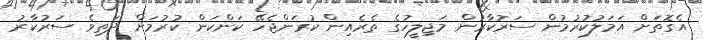
އެގޮތަށް އަމަލުކުރުމުން ސަރުކާރުން މަޖިލީހުގެ ތެރެއިން ކުރަންޖެހޭ ކަންކަން ކުރުމަށް ދަތިވެ ސަރުކާރު